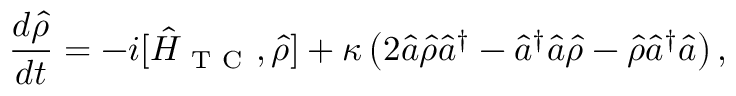
\frac { d \hat { \rho } } { d t } = - i [ \hat { H } _ { \mathrm { ~ T ~ C ~ } } , \hat { \rho } ] + \kappa \left( 2 \hat { a } \hat { \rho } \hat { a } ^ { \dagger } - \hat { a } ^ { \dagger } \hat { a } \hat { \rho } - \hat { \rho } \hat { a } ^ { \dagger } \hat { a } \right) ,